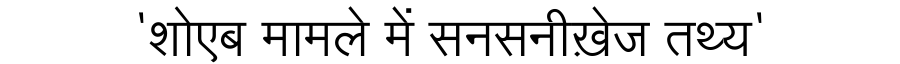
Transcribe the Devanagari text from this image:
'शोएब मामले में सनसनीख़ेज तथ्य'